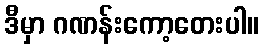
ဒီမှာ ဂဏန်းကော့တေးပါ။